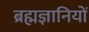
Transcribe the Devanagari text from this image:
ब्रह्मज्ञानियों